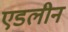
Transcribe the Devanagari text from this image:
एडलीन